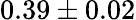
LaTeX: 0.39\pm 0.02